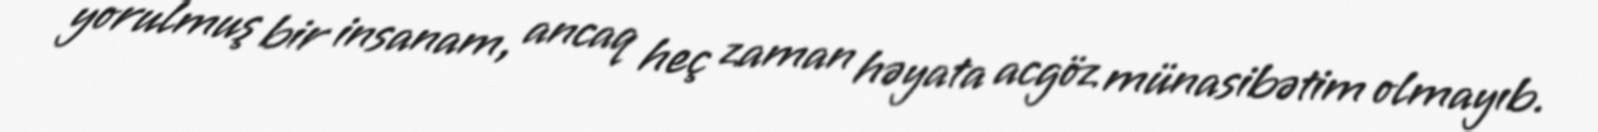
yorulmuş bir insanam, ancaq heç zaman həyata acgöz münasibətim olmayıb.